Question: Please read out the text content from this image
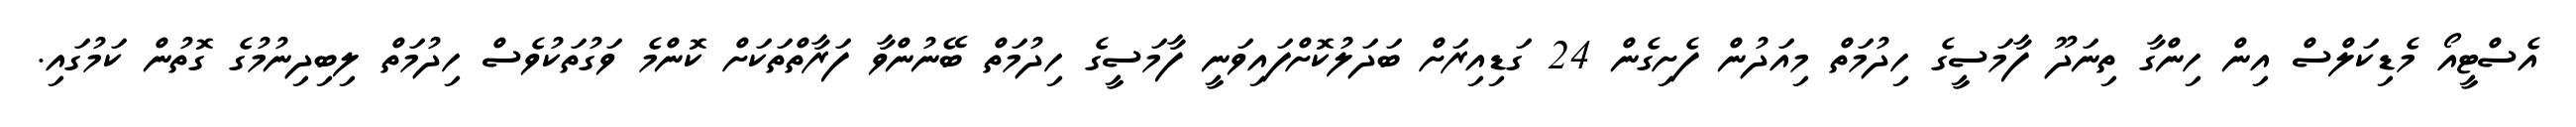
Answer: އެސްޓީއޯ މެޑިކަލްސް އިން ހިންގާ ތިނަދޫ ފާމަސީގެ ހިދުމަތް މިއަދުން ފެށިގެން 24 ގަޑިއިރަށް ބަދަލުކޮށްފައިވަނީ ފާމަސީގެ ހިދުމަތް ބޭނުންވާ ފަރާތްތަކަށް ކޮންމެ ވަގުތަކުވެސް ހިދުމަތް ލިބިދިނުމުގެ ގޮތުން ކަމުގައި.